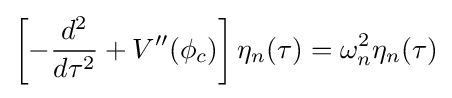
\left[-{\frac {d^{2}}{d\tau ^{2}}}+V''(\phi _{c})\right]\eta _{n}(\tau )=\omega _{n}^{2}\eta _{n}(\tau )